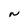
Character: N